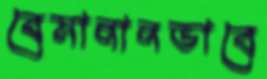
বেমানানভাবে